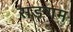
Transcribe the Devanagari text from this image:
सङगम